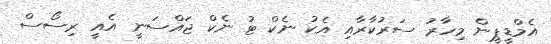
އެމްޑީޕީން މިހާރު ސަރުކާރާއި އެކު ނެކް ޓު ނެކް ޖައްސަނީ އެއީ ރިސޯސް